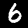
Digit: 6